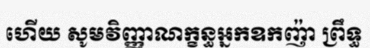
ហើយ សូមវិញ្ញាណក្ខន្ធអ្នកឧកញ៉ា ព្រឹទ្ធ